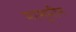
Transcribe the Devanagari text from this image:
मासूमीन